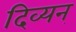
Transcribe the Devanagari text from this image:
दिव्यन्